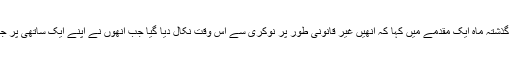
اسی کلب کی ایک سابقہ ملازمہ نے گذشتہ ماہ ایک مقدمے میں کہا کہ انھیں غیر قانونی طور پر نوکری سے اس وقت نکال دیا گیا جب انھوں نے اپنے ایک ساتھی پر جنسی زیادتی کا الزام عائد کیا تھا گیا۔